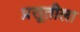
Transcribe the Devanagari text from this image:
प्रसूतीला